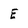
Character: E